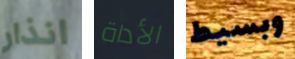
انذار الأداة وبسيط